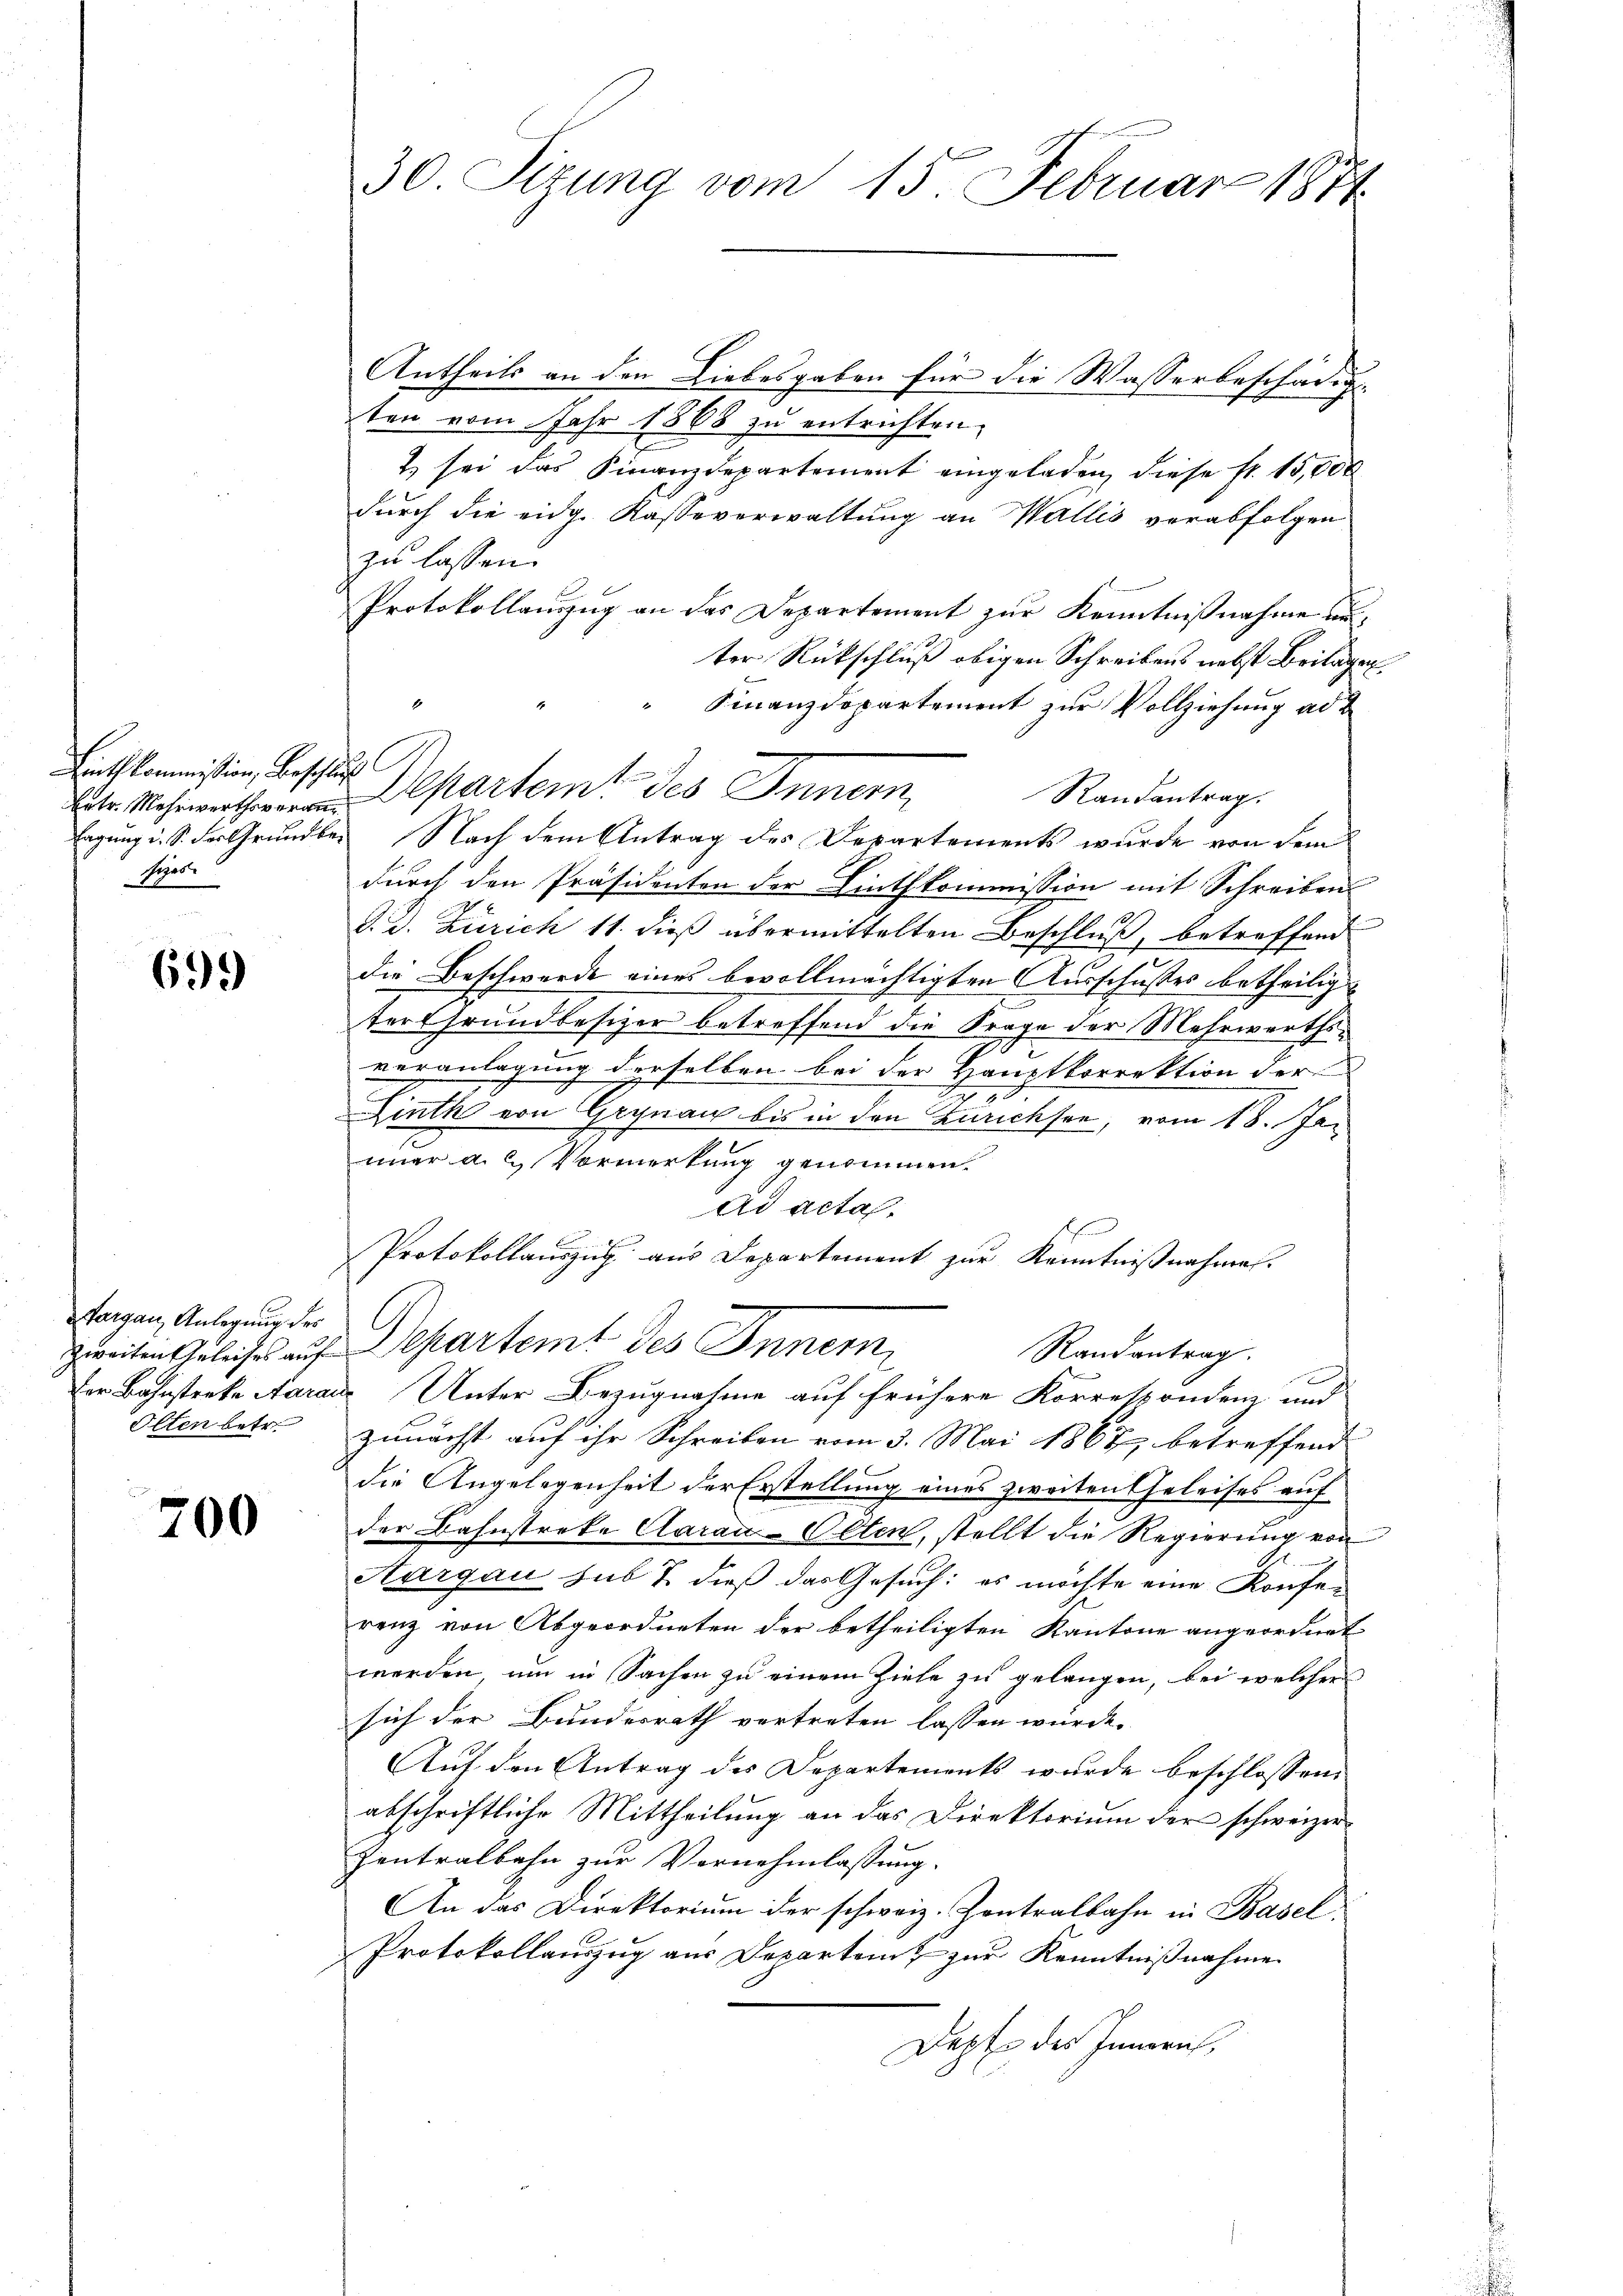
Linthkommission, beschließ
Separte

699

Margau, Anlegung der
Olten betr.

700

Antheils an den Liebesgaben für die Wasserbeschädig
ten vom Jahr 1868 zu entrichten.
t sei das Finanzdepartement eingeladen, diese fr. 15,000
durch die eidg. Kasseverwaltung an Wallis verabfolgen
zu lassen.
Protokollanzug an das Departement zur Kenntnißnahme unter Rückschluß obigen Schreibens nebst Beilagen
Finanzdepartement zur Vollziehung ad
Randantrag.
Mepartem des Innern,
Lagung i. S. der Grundler Nach dem Antrag des Departements wurde von dem
durch den Präsidenten der Linthkommission mit Schreiben
d. d. Zürich 11. dieß übermittelten Beschluß, betreffend
die Beschwerde eines bevollmächtigten Ausschußes betheilig
ter Grundbesizer betreffend die Frage der Mehrwerthsveranlagung derselben bei der Hauptkorrektion der
Linth von Grynau bis in den Zurichsee, vom 18. Jan
imer a. 2 Vormerkung genommen.
Ad acta.
Protokollauszug aus Departement zur Kenntnißnahme.
zweiten Zuleiches auf Departemt des Innern,
Randantrag.
x
Der Bahnsterke Aaraus Unter Bezugnahme auf frühere Korrespondenz und
zunächst auf ihr Schreiben vom 3. Mai 1867 betreffend
die Angelegenheit der Erstellung eines zweiten Geleises auf
der Bahnstreke Carau-Olten, stellt die Regierung von
Aargau sub 7 dieß das Gesuch: es möchte eine Konferenz von Abgeordneten der betheiligten Kantone angeordnet
werden, um in Sachen zu einem Ziele zu gelangen, bei welcher
sich der Bundesrath vertreten lassen würde.
Auf den Antrag des Departements wurde beschlossen:
abschriftliche Mittheilung an das Direktorium der schweizer
Zentralbahn zur Vernehmlassung.
An das Direktorium der schweiz. Kontralbahn in Basel¬
Protokollauszug aus Departenz zur Kenntnißnahme
Depte des Innern,

30 Sizung vom 15. Februar 1874.